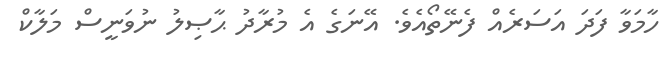
ހާމަވާ ފަދަ އަސަރެއް ފެނޭތޯއެވެ. އޭނަގެ އެ މުރާދު ޙާޞިލު ނުވަނީސް މަލާކް